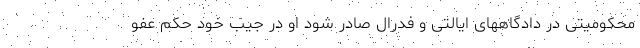
محکومیتی در دادگاههای ایالتی و فدرال صادر شود او در جیب خود حکم عفو